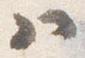
ハ